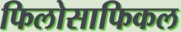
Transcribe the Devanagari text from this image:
फिलोसाफिकल